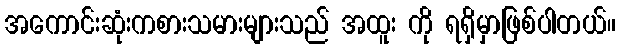
အကောင်းဆုံးကစားသမားများသည် အထူး ကို ရရှိမှာဖြစ်ပါတယ်။